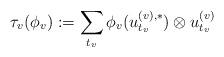
LaTeX: \begin{align*}\tau_v(\phi_v):=\sum_{t_v}\phi_v(u_{t_v}^{(v),*})\otimes u_{t_v}^{(v)}\end{align*}